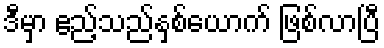
ဒီမှာ ဧည့်သည်နှစ်ယောက် ဖြစ်လာပြီ